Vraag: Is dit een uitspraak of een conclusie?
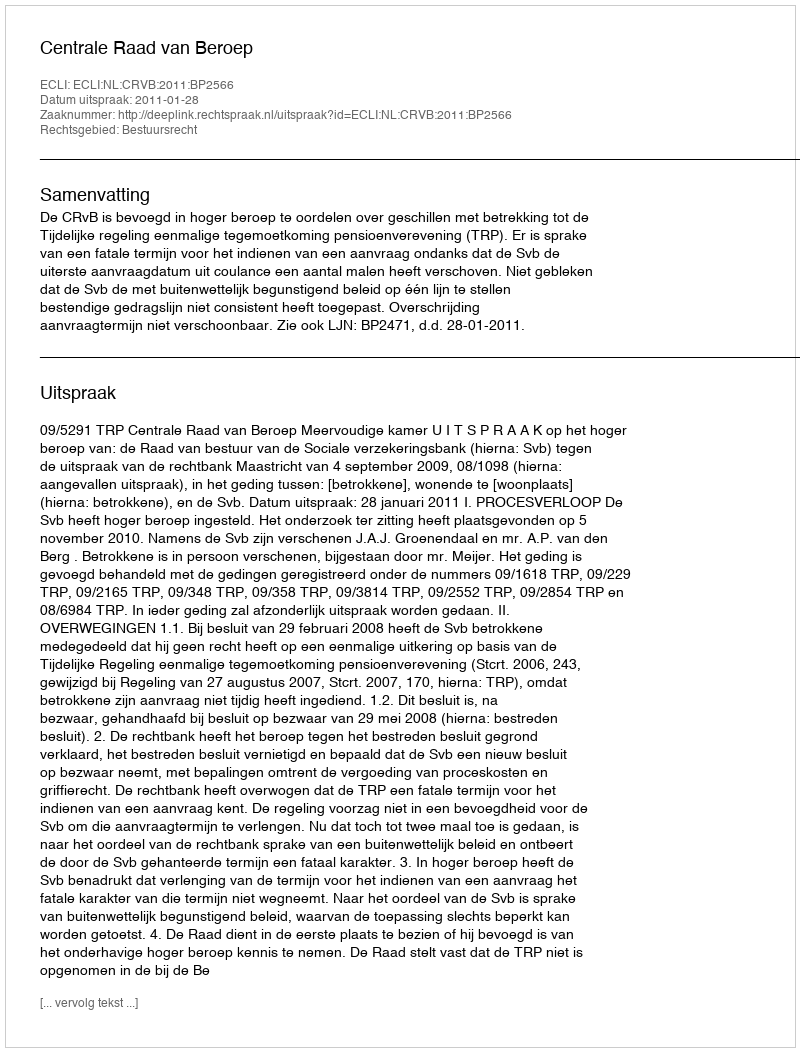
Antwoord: Uitspraak